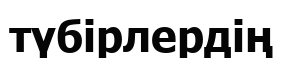
түбірлердің